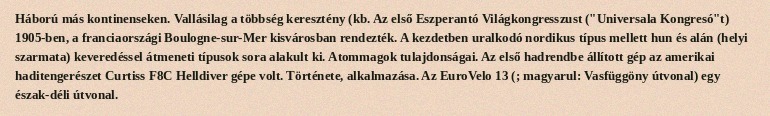
Háború más kontinenseken. Vallásilag a többség keresztény (kb. Az első Eszperantó Világkongresszust ("Universala Kongresó"t) 1905-ben, a franciaországi Boulogne-sur-Mer kisvárosban rendezték. A kezdetben uralkodó nordikus típus mellett hun és alán (helyi szarmata) keveredéssel átmeneti típusok sora alakult ki. Atommagok tulajdonságai. Az első hadrendbe állított gép az amerikai haditengerészet Curtiss F8C Helldiver gépe volt. Története, alkalmazása. Az EuroVelo 13 (; magyarul: Vasfüggöny útvonal) egy észak-déli útvonal.